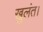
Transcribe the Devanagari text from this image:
खुलंत।